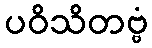
ပဝိသိတဗ္ဗံ